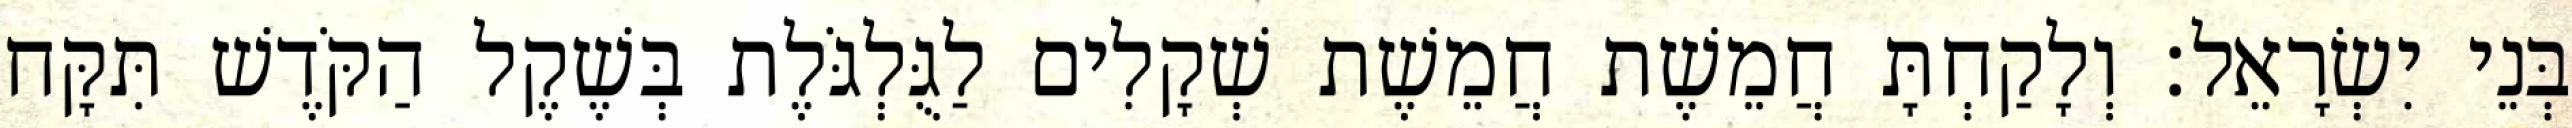
בְּנֵי יִשְׂרָאֵל׃ וְלָקַחְתָּ חֲמֵשֶׁת חֲמֵשֶׁת שְׁקָלִים לַגֻּלְגֹּלֶת בְּשֶׁקֶל הַקֹּדֶשׁ תִּקָּח